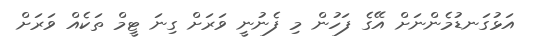
އަޅުގަނޑުމެންނަށް އޭގެ ފަހުން މި ފެނުނީ ވަރަށް ގިނަ ޓީމް ތަކެއް ވަރަށް